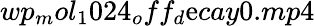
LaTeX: wp_{m}ol_{1}024_{o}ff_{d}\mathrm{e}cay0.mp4